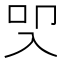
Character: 𭀾